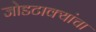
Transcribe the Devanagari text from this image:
जोडटाक्यांचा